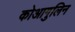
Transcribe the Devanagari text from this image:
कोआगुलिन